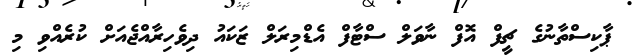
ޕާކިސްތާނުގެ ޗީފް އޮފް ނާވަލް ސްޓާފް އެޑްމިރަލް ޒަކައު ދިވެހިރާއްޖެއަށް ކުރެއްވި މި